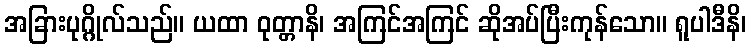
အခြားပုဂ္ဂိုလ်သည်။ ယထာ ဝုတ္တာနိ၊ အကြင်အကြင် ဆိုအပ်ပြီးကုန်သော။ ရူပါဒီနိ၊